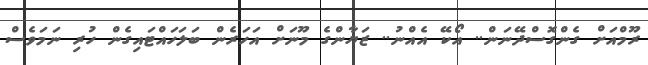
ރޫމްއަށް ގެންގޮސްދޭނަން.. އޯކޭ އެއްނު.. ޒަޔާންގެ މޫނަށް އަހަރެން ބަލަހައްޓައިގެން ހުރި ނަމަވެސް